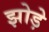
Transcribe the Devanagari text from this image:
झोड़े